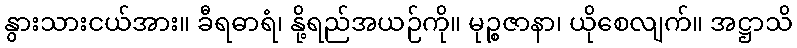
နွားသားငယ်အား။ ခီရဓာရံ၊ နို့ရည်အယဉ်ကို။ မုဉ္စဇာနာ၊ ယိုစေလျက်။ အဋ္ဌာသိ